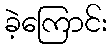
ခဲ့ကြောင်း